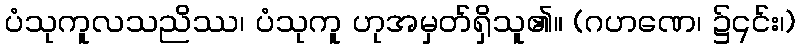
ပံသုကူလသညိဿ၊ ပံသုကူ ဟုအမှတ်ရှိသူ၏။ (ဂဟဏေ၊ ၌၎င်း၊)